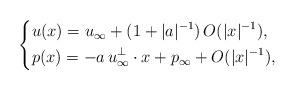
LaTeX: \begin{align*}\left\{\begin{aligned}&u(x)=u_\infty+ (1+|a|^{-1})\,O(|x|^{-1}), \\&p(x)=-a\,u_\infty^\perp\cdot x+p_\infty+O(|x|^{-1}),\end{aligned}\right.\end{align*}